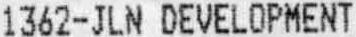
1362-JLN DEVELOPMENT